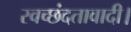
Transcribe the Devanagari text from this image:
स्वच्छंदतावादी।